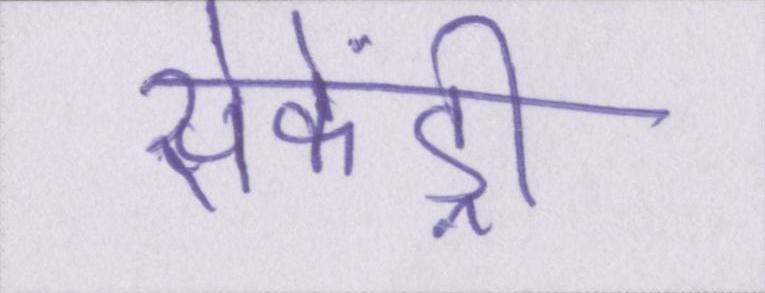
सेकेंड्री